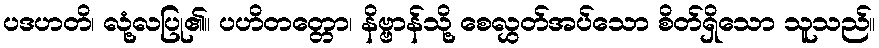
ပဒဟတိ၊ လုံ့လပြု၏။ ပဟိတတ္တော၊ နိဗ္ဗာန်သို့ စေလွှတ်အပ်သော စိတ်ရှိသော သူသည်။